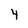
Character: 4